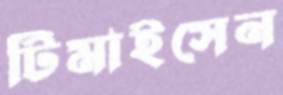
টিমাইসেন